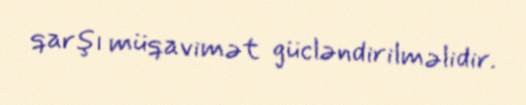
qarşı müqavimət gücləndirilməlidir.